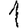
Digit: 1